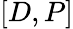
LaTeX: [D,P]